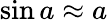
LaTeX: \sin a\approx a